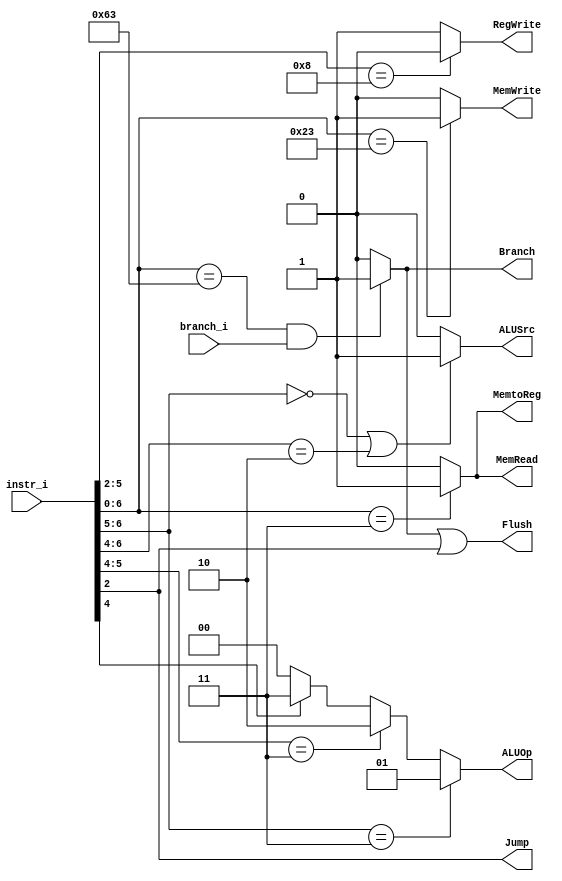
`timescale 1ns/1ps

module Decoder(
    input [32-1:0]  instr_i,
    input branch_i,
    output reg         Branch,
    output reg         ALUSrc,
    output reg         RegWrite,
    output reg [2-1:0] ALUOp,
    output reg         MemRead,
    output reg         MemWrite,
    output reg         MemtoReg,
    output reg         Jump,
    output reg         Flush
);

//Internal Signals
wire    [7-1:0]     opcode;
wire    [3-1:0]     funct3;
wire    [3-1:0]     Instr_field;
wire    [9:0]       Ctrl_o;

assign opcode = instr_i[6:0];
always@(*)begin
    RegWrite <= (opcode[5:2] == 4'b1000)? 0:1 ; // store and branch should be 0
    Branch <= ((opcode[6:0]==7'b1100011) && branch_i==1'b1)? 1:0;// only branch
    Jump <= opcode[2];  // jal or jalr 
    MemtoReg <= (opcode[6:0]==7'b0000011)? 1:0; // only load
    MemRead <= (opcode[6:0]==7'b0000011)? 1:0; // only load
    MemWrite <=  (opcode[6:0]==7'b0100011)? 1:0; // only store
    ALUSrc <= (opcode[6:5]==2'b00||opcode[6:4]==3'b010)? 1:0; // addi, load, store
    // lw,sw:00,branch:01,r-type:10,addi:11
    ALUOp <=  (opcode[6:5]==2'b11)? 2'b01 : (opcode[5:4]==2'b11)? 2'b10 : (opcode[4]==1'b1)? 2'b11 : 2'b00;
    Flush <= Branch || Jump;
end
endmodule